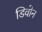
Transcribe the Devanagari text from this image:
डिवोन